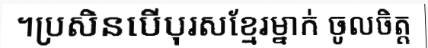
។ប្រសិនបើបុរសខ្មែរម្នាក់ ចូលចិត្ត